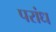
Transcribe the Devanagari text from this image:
परांध